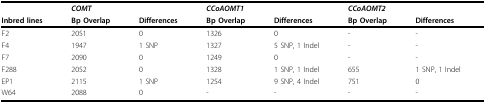
<table><thead><tr><td></td><td><b><i>COMT</i></b></td><td></td><td><b><i>CCoAOMT1</i></b></td><td></td><td><b><i>CCoAOMT2</i></b></td><td></td></tr><tr><td><b>Inbred lines</b></td><td><b>Bp Overlap</b></td><td><b>Differences</b></td><td><b>Bp Overlap</b></td><td><b>Differences</b></td><td><b>Bp Overlap</b></td><td><b>Differences</b></td></tr></thead><tbody><tr><td>F2</td><td>2051</td><td>0</td><td>1326</td><td>0</td><td>-</td><td>-</td></tr><tr><td>F4</td><td>1947</td><td>1 SNP</td><td>1327</td><td>5 SNP, 1 Indel</td><td>-</td><td>-</td></tr><tr><td>F7</td><td>2090</td><td>0</td><td>1249</td><td>0</td><td>-</td><td>-</td></tr><tr><td>F288</td><td>2052</td><td>0</td><td>1328</td><td>1 SNP, 1 Indel</td><td>655</td><td>1 SNP, 1 Indel</td></tr><tr><td>EP1</td><td>2115</td><td>1 SNP</td><td>1254</td><td>9 SNP, 4 Indel</td><td>751</td><td>0</td></tr><tr><td>W64</td><td>2088</td><td>0</td><td>-</td><td>-</td><td>-</td><td>-</td></tr></tbody></table>